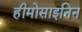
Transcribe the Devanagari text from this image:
हीमोसाइनिन